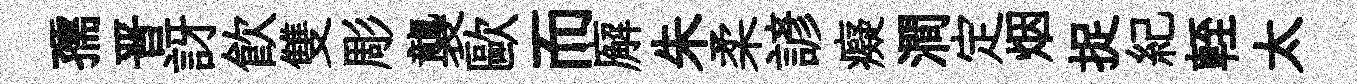
孺晋訝飲雙彫襲歐而廨朱柔諺癡澗定烟捉紀輊太